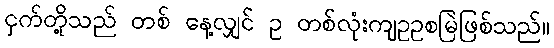
ငှက်တို့သည် တစ် နေ့လျှင် ဥ တစ်လုံးကျဥဥစမြဲဖြစ်သည်။